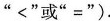
”<”或”=”).